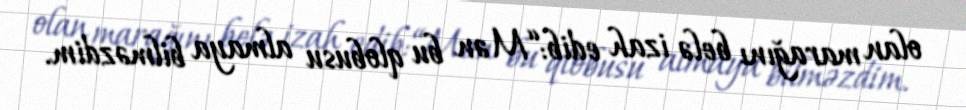
olan marağını belə izah edib:“Mən bu qlobusu almaya bilməzdim.